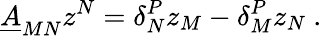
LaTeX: \underline{{{A}}}_{MN}z^{N}=\delta_{N}^{P}z_{M}-\delta_{M}^{P}z_{N}\ .